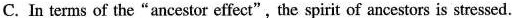
C. In terms of the"ancestor effect",the spirit of ancestors is stressed.